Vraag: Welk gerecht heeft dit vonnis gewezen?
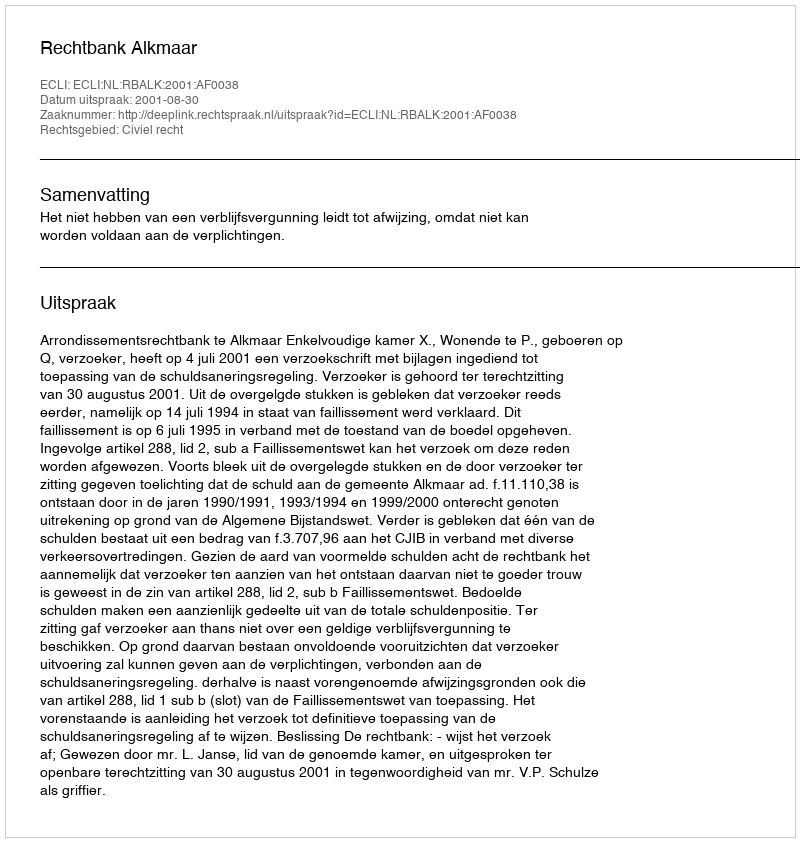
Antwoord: Rechtbank Alkmaar